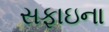
સફાઇના